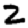
Digit: 2